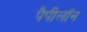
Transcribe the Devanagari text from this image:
पैपीलॉन